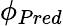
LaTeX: \phi_{Pred}